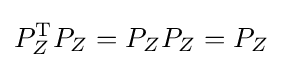
P_{Z}^{\mathrm {T} }P_{Z}=P_{Z}P_{Z}=P_{Z}